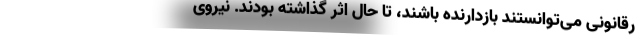
رقانونی می‌توانستند بازدارنده باشند، تا حال اثر گذاشته بودند. نیروی